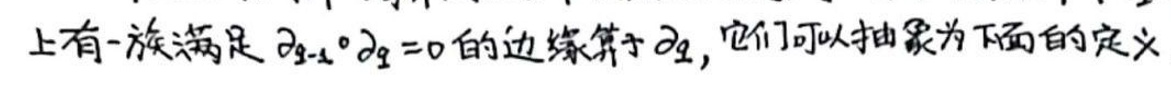
上有一族满足 $\partial_{q - 1} \circ \partial_{q}=0$ 的边缘算子 $\partial_{q}$，它们可以抽象为下面的定义